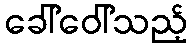
ခေါ်ဝေါ်သည့်